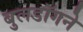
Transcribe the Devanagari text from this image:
बुलडॉगने